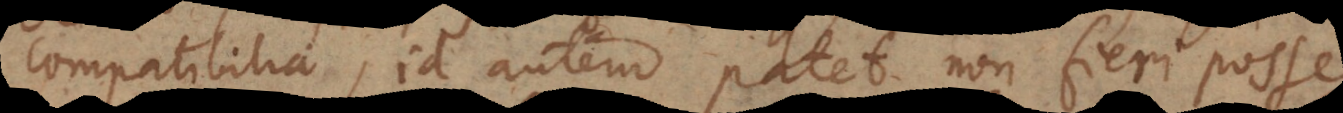
compatibilia, id autem patet non fieri posse,